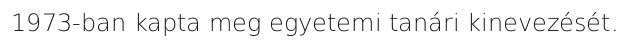
1973-ban kapta meg egyetemi tanári kinevezését.